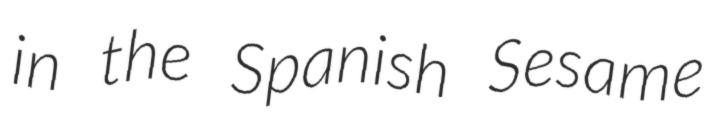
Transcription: in the Spanish Sesame